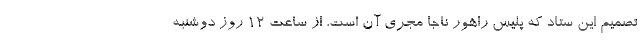
تصمیم این ستاد که پلیس راهور ناجا مجری آن است، از ساعت ۱۲ روز دوشنبه